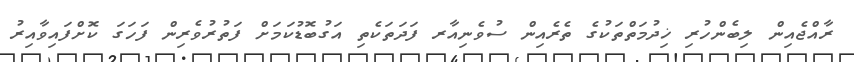
ރާއްޖެއިން ލިބެންހުރި ޚިދުމަތްތަކުގެ ތެރެއިން ސުވެނިއާރ ފަދަތަކެތި އަގުބޮޑުކަމަށް ފަތުރުވެރިން ފަހަގަ ކޮށްފައިވާއިރު